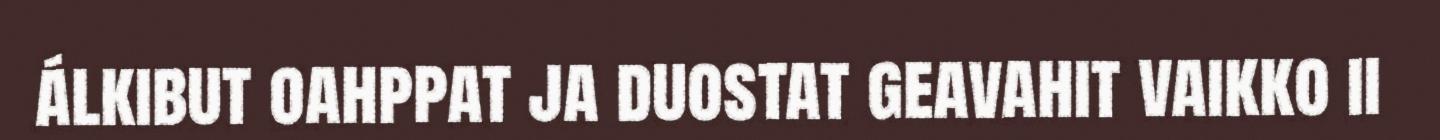
álkibut oahppat ja duostat geavahit vaikko ii